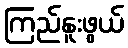
ကြည်နူးဖွယ်